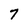
Character: 7